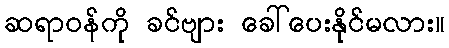
ဆရာဝန်ကို ခင်ဗျား ခေါ်ပေးနိုင်မလား။